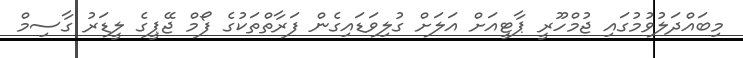
މިބައްދަލުވުމުގައި ޖުމްހޫރީ ޕާޓީއަށް އަލަށް ގުލިވަޑައިގެން ފަރާތްތަކުގެ ފޯމް ޖޭޕީގެ ލީޑަރު ގާސިމް